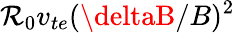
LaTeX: \mathcal{R}_{0}v_{te}(\deltaB/B)^{2}